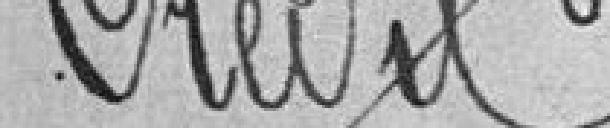
Crédit